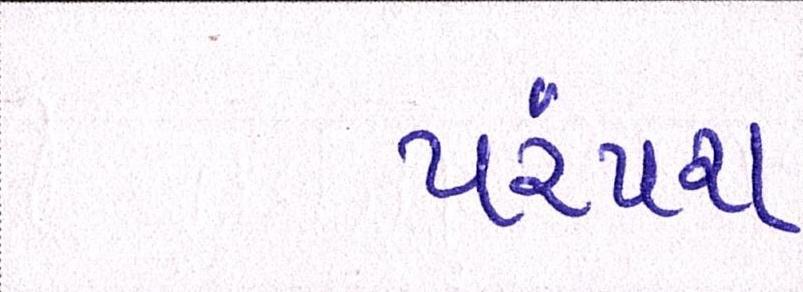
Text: પરંપરા